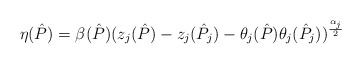
\begin{align*}\eta(\hat P) = \beta(\hat P)(z_{j}(\hat P)-z_{j}(\hat P_{j})-\theta_{j}(\hat P)\theta_{j}(\hat P_{j}))^{\frac{\alpha_{j}}{2}}\end{align*}